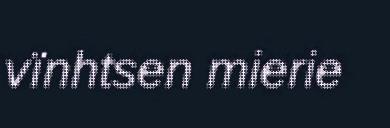
vïnhtsen mierie